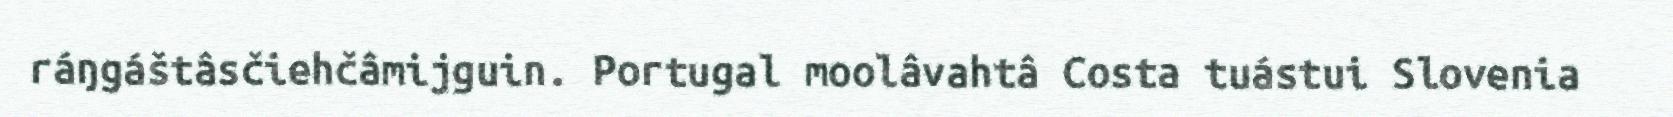
ráŋgáštâsčiehčâmijguin. Portugal moolâvahtâ Costa tuástui Slovenia